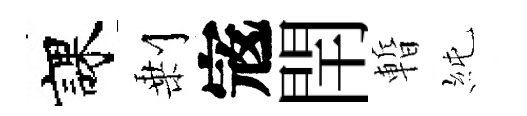
課剰𡨥閈暫純